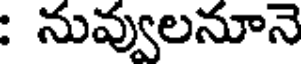
: నువ్వులనూనె